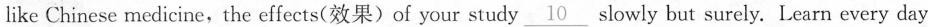
like Chinese medicine,the effects(效果)of your study \underline{10} slowly but surely. Learn every day